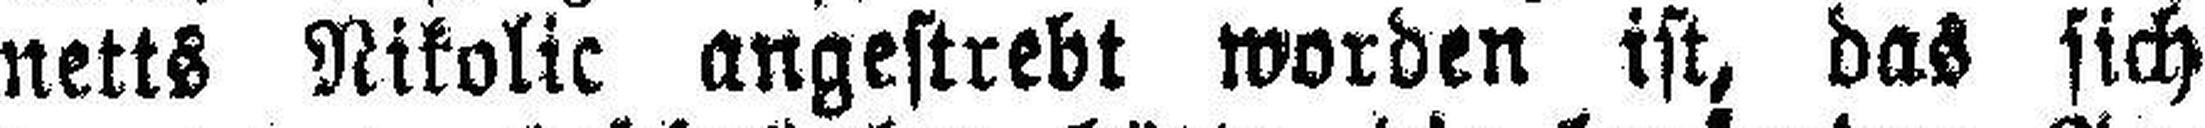
netts Nikolic angestrebt worden ist, das sich